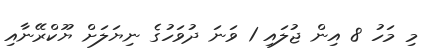
މި މަހު 8 އިން ޖުލައި 1 ވަނަ ދުވަހުގެ ނިޔަލަށް ޔޫކްރޭނާއި